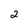
Character: 2